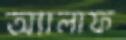
অ্যালাফ